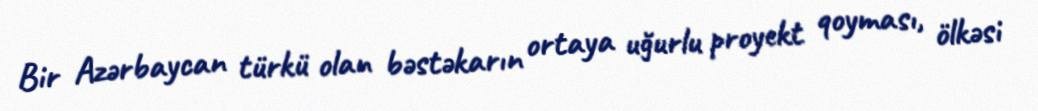
Bir Azərbaycan türkü olan bəstəkarın ortaya uğurlu proyekt qoyması, ölkəsi